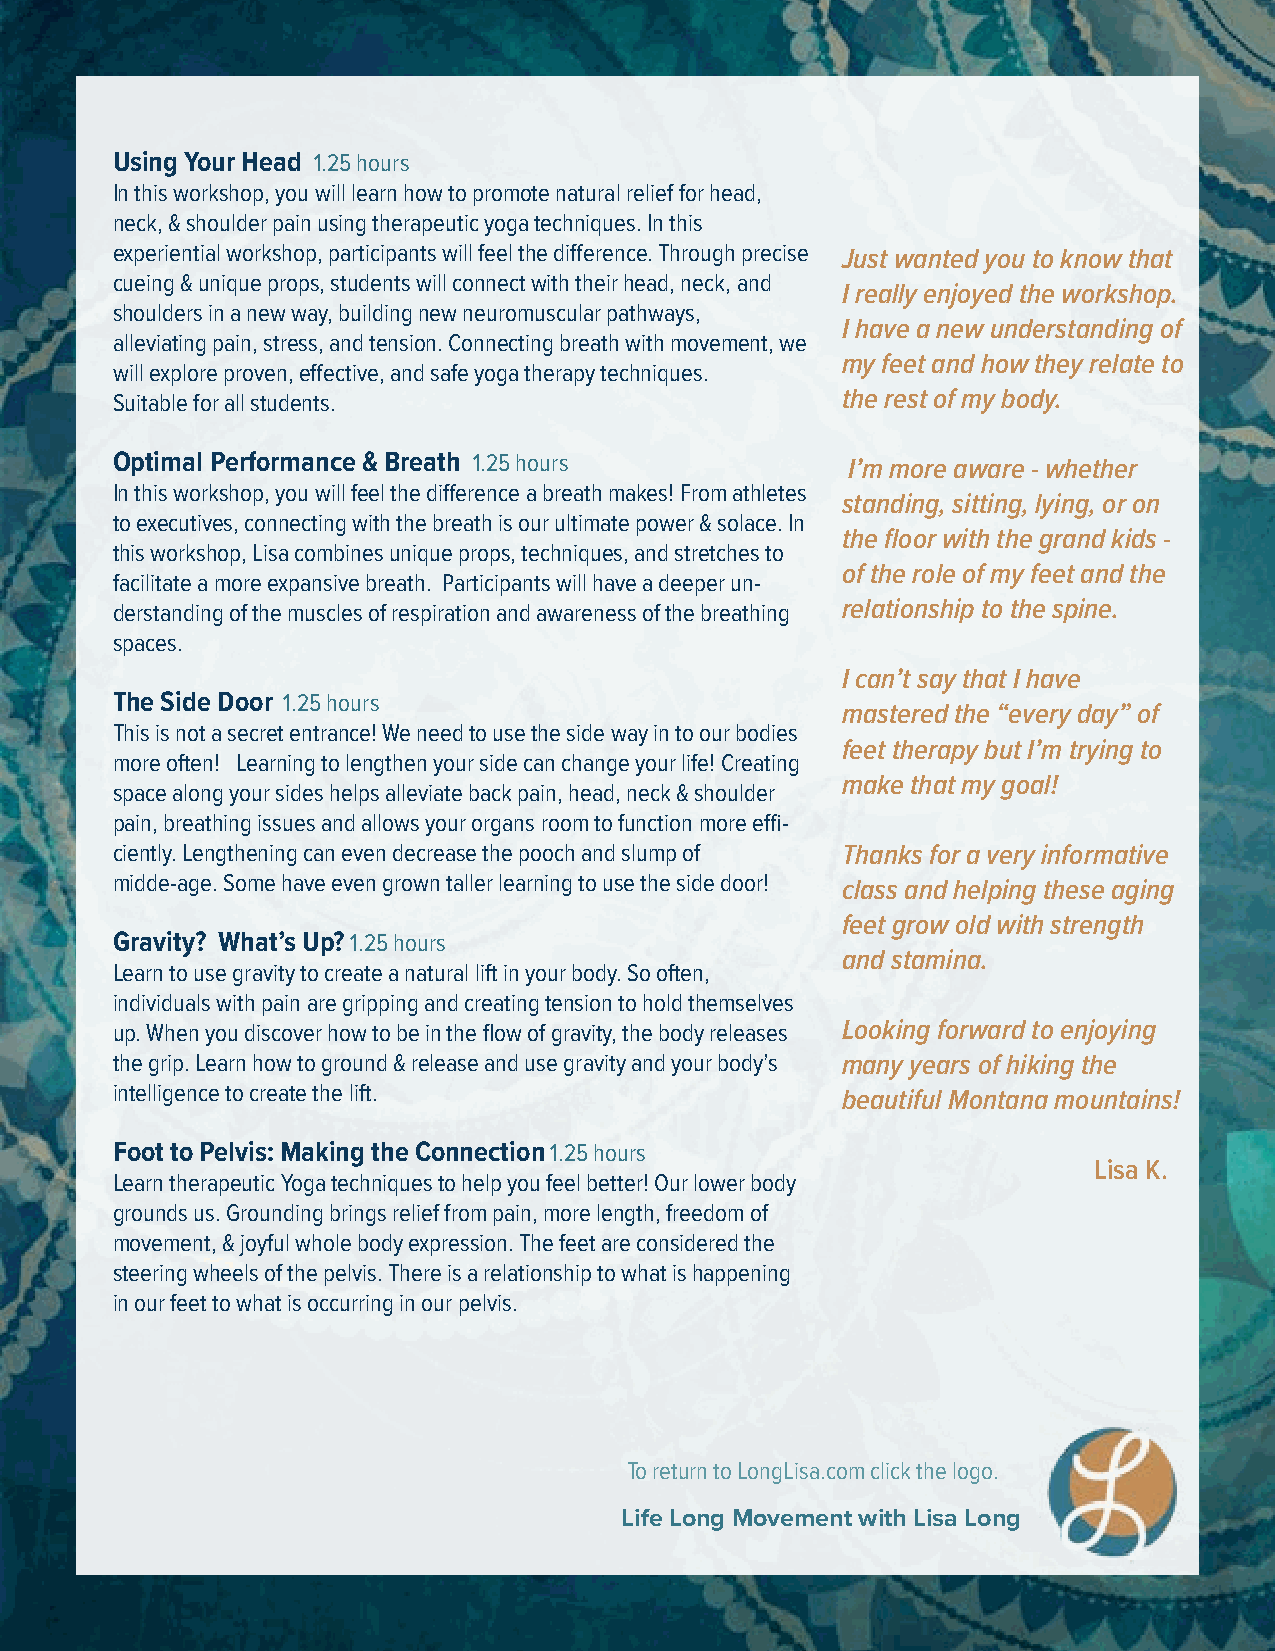
Using Your Head 1.25 hours
 In this workshop, you will learn how to promote natural relief for head,
 neck, & shoulder pain using therapeutic yoga techniques. In this
 experiential workshop, participants will feel the difference. Through precise Just wanted you to know that
 cueing & unique props, students will connect with their head, neck, and
 I really enjoyed the workshop.
 shoulders in a new way, building new neuromuscular pathways,
 I have a new understanding of
 alleviating pain, stress, and tension. Connecting breath with movement, we
 my feet and how they relate to
 will explore proven, effective, and safe yoga therapy techniques.
 Suitable for all students.                       the rest of my body.
 Optimal Performance & Breath 1.25 hours          I’m more aware - whether
 In this workshop, you will feel the difference a breath makes! From athletes
 standing, sitting, lying, or on
 to executives, connecting with the breath is our ultimate power & solace. In
 the floor with the grand kids -
 this workshop, Lisa combines unique props, techniques, and stretches to
 of the role of my feet and the
 facilitate a more expansive breath. Participants will have a deeper un-
 derstanding of the muscles of respiration and awareness of the breathing relationship to the spine.
 spaces.
 I can’t say that I have
 The Side Door 1.25 hours
 mastered the “every day” of
 This is not a secret entrance! We need to use the side way in to our bodies
 feet therapy but I’m trying to
 more often! Learning to lengthen your side can change your life! Creating
 make that my goal!
 space along your sides helps alleviate back pain, head, neck & shoulder
 pain, breathing issues and allows your organs room to function more effi-
 ciently. Lengthening can even decrease the pooch and slump of Thanks for a very informative
 midde-age. Some have even grown taller learning to use the side door! class and helping these aging
 feet grow old with strength
 Gravity? What’s Up? 1.25 hours
 and stamina.
 Learn to use gravity to create a natural lift in your body. So often,
 individuals with pain are gripping and creating tension to hold themselves
 up. When you discover how to be in the flow of gravity, the body releases Looking forward to enjoying
 the grip. Learn how to ground & release and use gravity and your body’s many years of hiking the
 intelligence to create the lift.                 beautiful Montana mountains!
 Foot to Pelvis: Making the Connection 1.25 hours
 Lisa K.
 Learn therapeutic Yoga techniques to help you feel better! Our lower body
 grounds us. Grounding brings relief from pain, more length, freedom of
 movement, & joyful whole body expression. The feet are considered the
 steering wheels of the pelvis. There is a relationship to what is happening
 in our feet to what is occurring in our pelvis.
 To return to LongLisa.com click the logo.
 Life Long Movement with Lisa Long